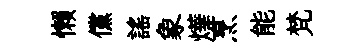
懒儻謡象燁烹能梵